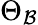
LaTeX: \Theta_{\mathcal{B}}